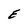
Character: E